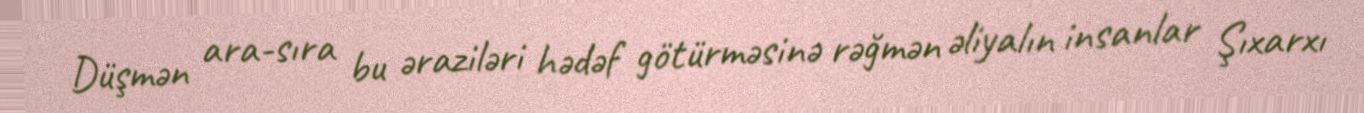
Düşmən ara-sıra bu əraziləri hədəf götürməsinə rəğmən əliyalın insanlar Şıxarxı